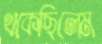
থকেছিলেম